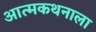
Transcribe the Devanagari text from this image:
आत्मकथनाला